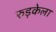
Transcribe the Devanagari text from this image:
रुड़केला